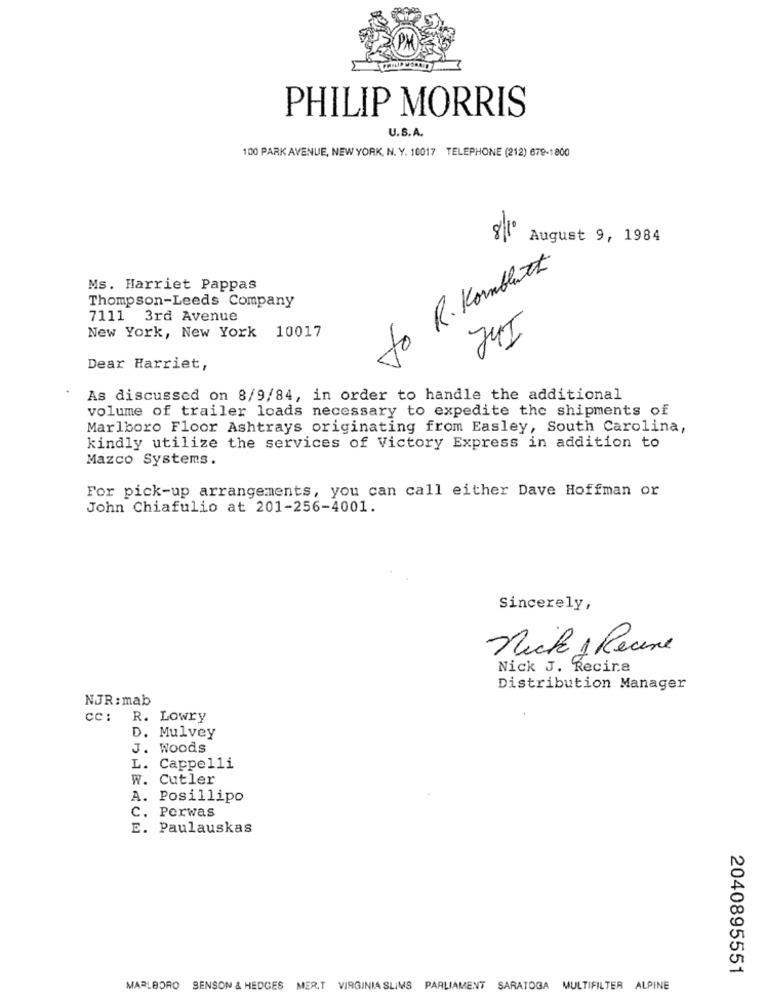
PHILIP MORRIS
U.S.A.
100 PARK AVENUE, NEW YORK, N. Y. 10017 TELEPHONE (212) 679-1800
August 9, 1984
to R. Komblatt
Ms. Harriet Pappas
Thompson-Leeds Company
7111 3rd Avenue
New York, New York 10017
JUI
Dear Harriet,
As discussed on 8/9/84, in order to handle the additional
volume of trailer loads necessary to expedite the shipments of
Marlboro Floor Ashtrays originating from Easley, South Carolina,
kindly utilize the services of Victory Express in addition to
Mazco Systems.
For pick-up arrangements, you can call either Dave Hoffman or
John Chiafulio at 201-256-4001.
Sincerely,
Nick 1 Recene
Nick J. Recine
Distribution Manager
NJR: mab
cc :
R. Lowry
D. Mulvey
J. Woods
L. Cappelli
W. Cutler
A. Posillipo
C. Perwas
E. Paulauskas
2040895551
MARLBORO SENSON & HEDGES MER.T VIRGINIA SLIMS PARLIAMENT SARATOGA MULTIFILTER ALPINE